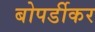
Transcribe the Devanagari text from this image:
बोपर्डीकर